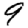
Digit: 9